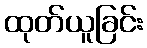
ထုတ်ယူခြင်း